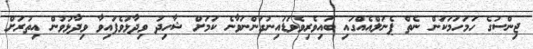
ޖިންސުގެ ހަމަހަމަކަން ނެތް ޕެނަލްއެއްގައި ބައިވެރިވެވަޑައިނުގަންނަވާނެ ކަމަށް ޝާހިދު ވިދާޅުވެފައިވާ ވިދާޅުވުން އިތުރަށް